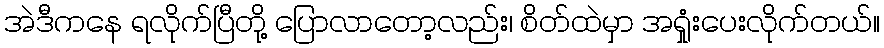
အဲဒီကနေ ရလိုက်ပြီတို့ ပြောလာတော့လည်း၊ စိတ်ထဲမှာ အရှုံးပေးလိုက်တယ်။